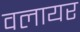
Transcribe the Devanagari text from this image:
वलायर